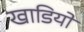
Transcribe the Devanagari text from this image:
खाडियो